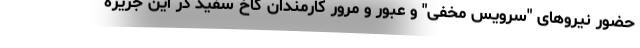
حضور نیروهای "سرویس مخفی" و عبور و مرور کارمندان کاخ سفید در این جزیره